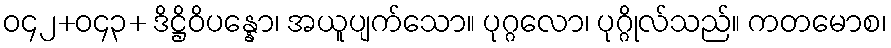
ဝ၄၂+ဝ၄၃+ ဒိဋ္ဌိဝိပန္နော၊ အယူပျက်သော။ ပုဂ္ဂလော၊ ပုဂ္ဂိုလ်သည်။ ကတမောစ၊